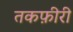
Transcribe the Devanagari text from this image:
तकफ़ीरी